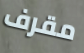
مقرف